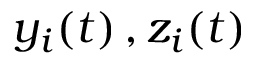
y _ { i } ( t ) \, , z _ { i } ( t )